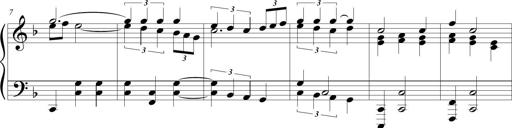
Title: Wallowing Wally
Composer: Michel Rondeau
Key: F major